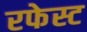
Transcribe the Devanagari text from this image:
रफेस्ट